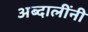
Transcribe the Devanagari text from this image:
अब्दालींनी